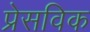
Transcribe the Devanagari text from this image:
प्रेसविक